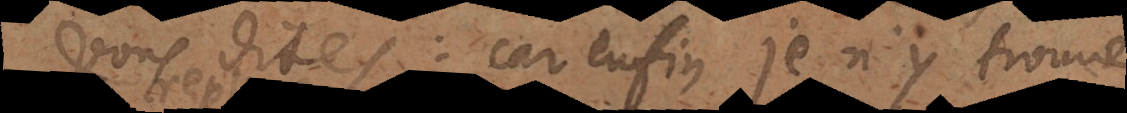
vous dites: car enfin je n’y trouve